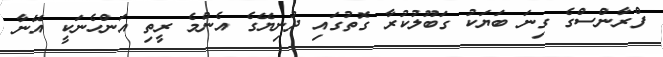
ފްރާންސްގެ ގިނަ ބަޔަކު ގަބޫލުކުރާ ގޮތުގައި ދުނިޔޭގެ އެންމެ ރީތި އަންހެނަކީ އޭނާ